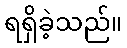
ရရှိခဲ့သည်။